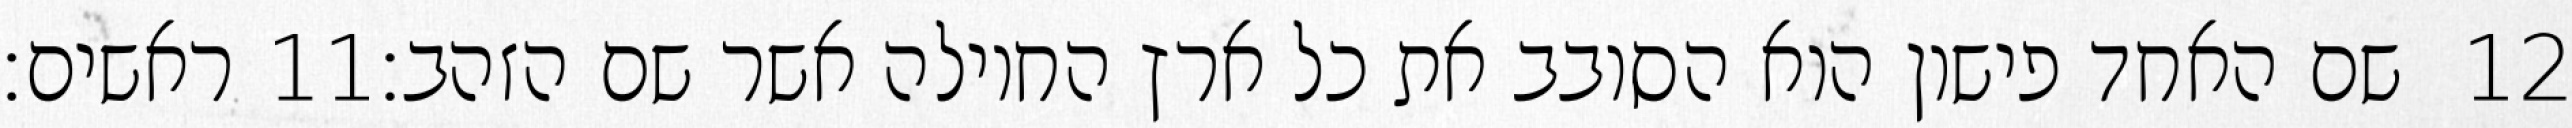
ראשים׃ ‎11‏ שם האחד פישון הוא הסובב את כל ארץ החוילה אשר שם הזהב׃ ‎12‏